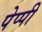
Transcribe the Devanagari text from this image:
पेप्पी